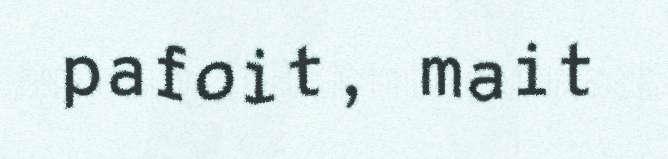
pafoit, mait